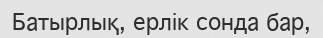
Батырлық, ерлік сонда бар,